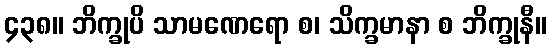
၄၃၈။ ဘိက္ခုပိ သာမဏေရော စ၊ သိက္ခမာနာ စ ဘိက္ခုနီ။